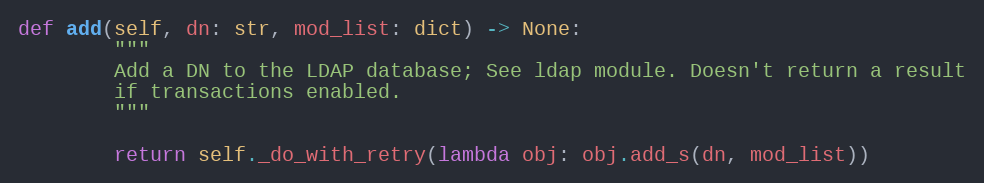
Language: Python
def add(self, dn: str, mod_list: dict) -> None:
        """
        Add a DN to the LDAP database; See ldap module. Doesn't return a result
        if transactions enabled.
        """

        return self._do_with_retry(lambda obj: obj.add_s(dn, mod_list))